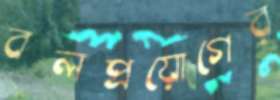
বলপ্রয়োগের